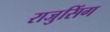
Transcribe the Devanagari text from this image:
राजुसिंग